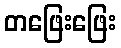
တဖြေးဖြေး